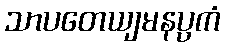
သာပတေယျမနပ္ပကံ